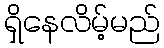
ရှိနေလိမ့်မည်